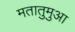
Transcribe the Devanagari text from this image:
मतातुमुआ